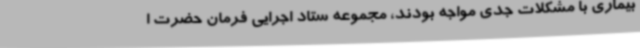
بیماری با مشکلات جدی مواجه بودند، مجموعه ستاد اجرایی فرمان حضرت ا